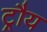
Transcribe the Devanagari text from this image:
ट्रौय